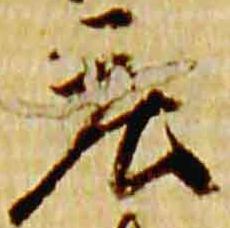
庄